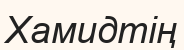
Хамидтің